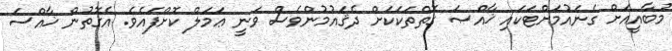
މުބާއީއަށް ގެނައުމަށްޓަކައި ޚާއްޞަ ގޮތްތަކަކަށް ދެޤައުމުންވެސް ވަނީ ޢަމަލް ކޮށްފައެވެ. އެގޮތުން ޚާއްސަ